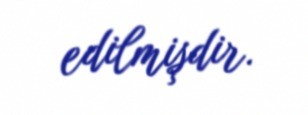
edilmişdir.